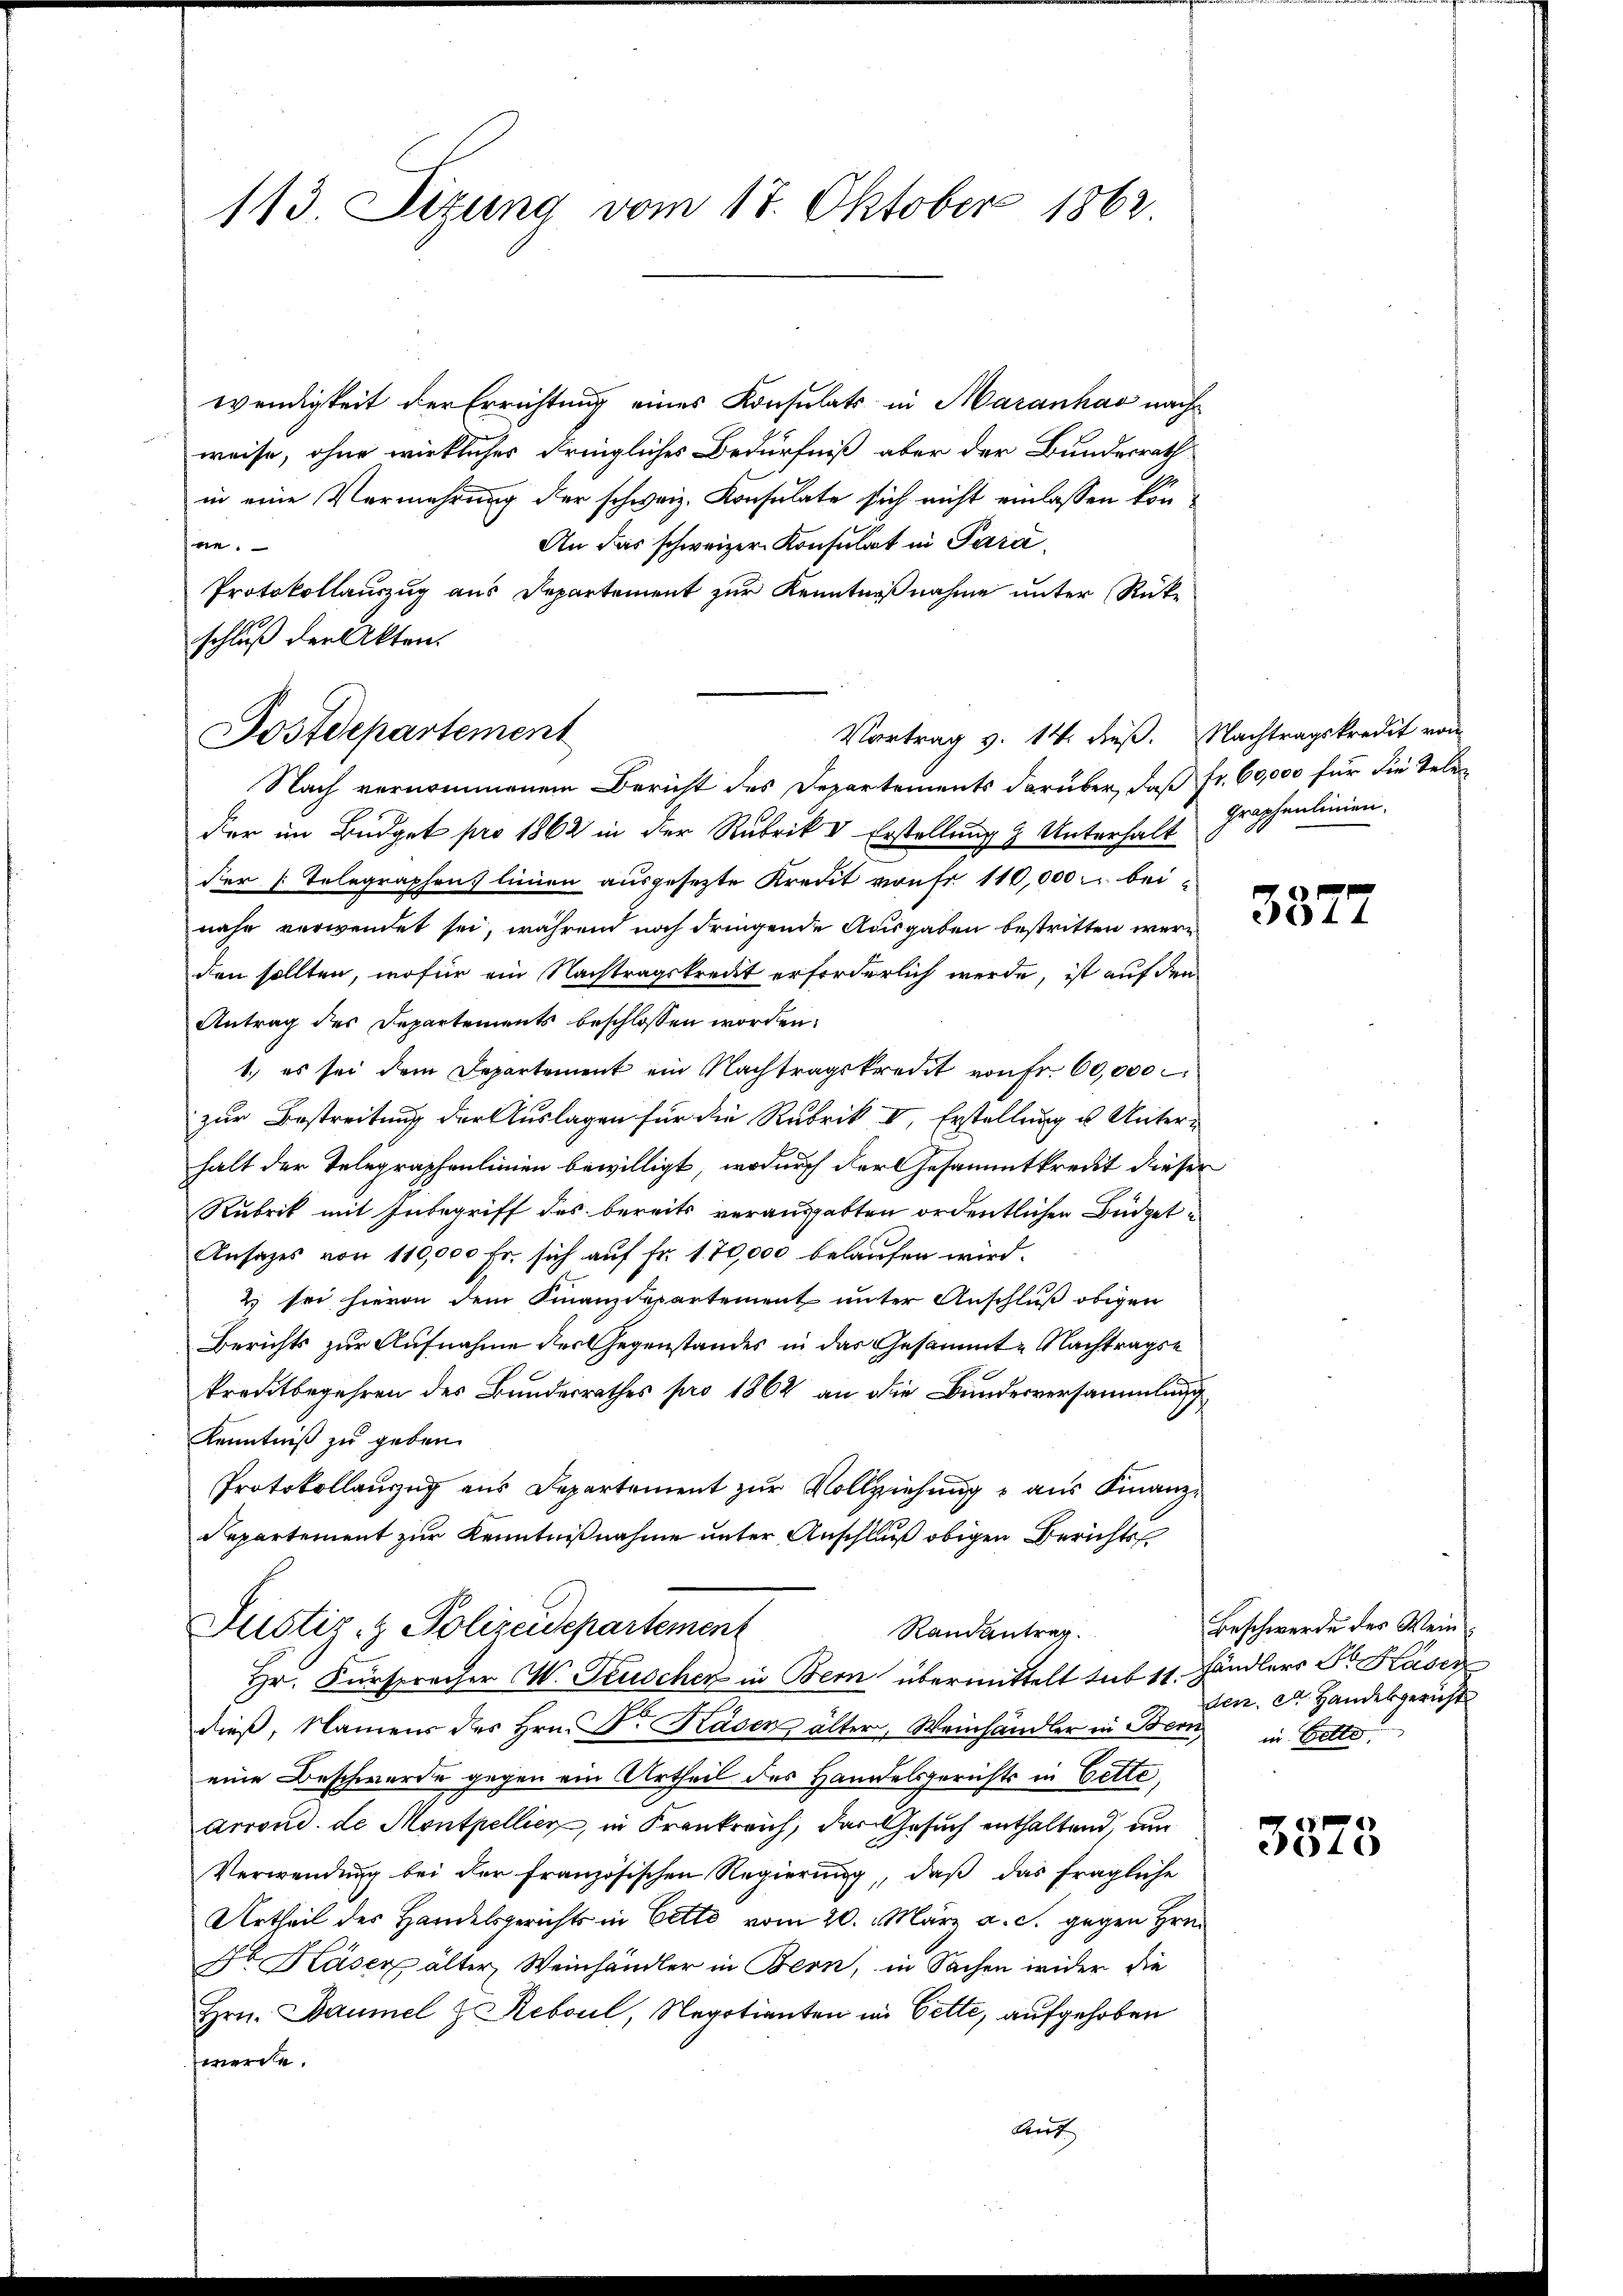
113. Sizung vom 18. Oktober 1862.

wendigkeit der Errichtung eines Konsulats in Maranhard nach
weise, ohne wirklicher dringliches Bedürfniß aber der Bundesrath
in eine Vermehrung der schweiz. Konsulate sich nicht einlassen kön¬
An das schweizer Konsulat in Parane.
Protokollauszug aus Departement zur Kenntnißnahme unter Rücke
schluß der Akten.
Nach vernommenem Bericht des Departements darüber, daß fr. 60,000 für die Teleder im Büdget pro 1862 in der Rubrik V Erstellung & Unterhalt
Fer /: Telegraphen linien ausgesezte Kredit von 110,000 u. beinahe verwendet sei, während noch dringende Ausgaben bestritten werden sollten, wofür ein Nachtragskredit erforderlich werde, ist auf den
Antrag des Departements beschlossen worden.
1.) es sei dem Departement ein Nachtragskredit von Fr. 60,000
zur Bestreitung der Auslagen für die Rubrik V, Erstellung u. Unterhalt der Telegraphenlinien bewilligt, wodurch der Gesammtkreist dieser
Rubrik mit Inbegriff des bereits verausgabten ordentlichen Büdget¬
Ansatzes von 110,000 Fr. sich auf Fr. 170,000 belaufen wird.
2) sei hievon dem Finanzdepartement unter Anschluß obigen
Berichts zur Aufnahme der Gegenstandes in das Gesammte Nachtragse
kreditbegehren des Bundesrathes pro 1862 an die Bundesversammlung
Kenntniß zu geben.
Protokollanzug aus Departement zur Vollziehung u aus Finanz¬
Repartement zur Kenntnißnahme unter Anschluß obigen Berichtss
Justiz- & Polizeidepartement
Randantrag.
Hr. Fürspracher W. Feuscher in Bern übermittelt sub 11. Händlers Dr. Hasen
dieß, Namens des Hrn. Dr. Rasen älter, Weinhändler in Bern, in Bette.
eine Beschwerde gegen ein Urtheil des Handelsgerichts in Bette,
Arrond. de Montpellier, in Frankreich, das Gesuch enthaltend, und
Verwendung bei der französischen Regierung, daß das fragliche
Urtheil des Handelsgerichts in Betto vom 20. März a. c. gegen Hrn.
Dr. Häser älter, Weinhändler in Bern, in Sachen wider die
Hrn. Baumel & Reboul, Negotianten in Bette, aufgehoben
werde.
Ant

Postdepartement

Vortrag v. 14. dieß. Nachtragskredit von

graphenlinien.

3377

Beschwerde der Weinden. St. Handesgericht

3373